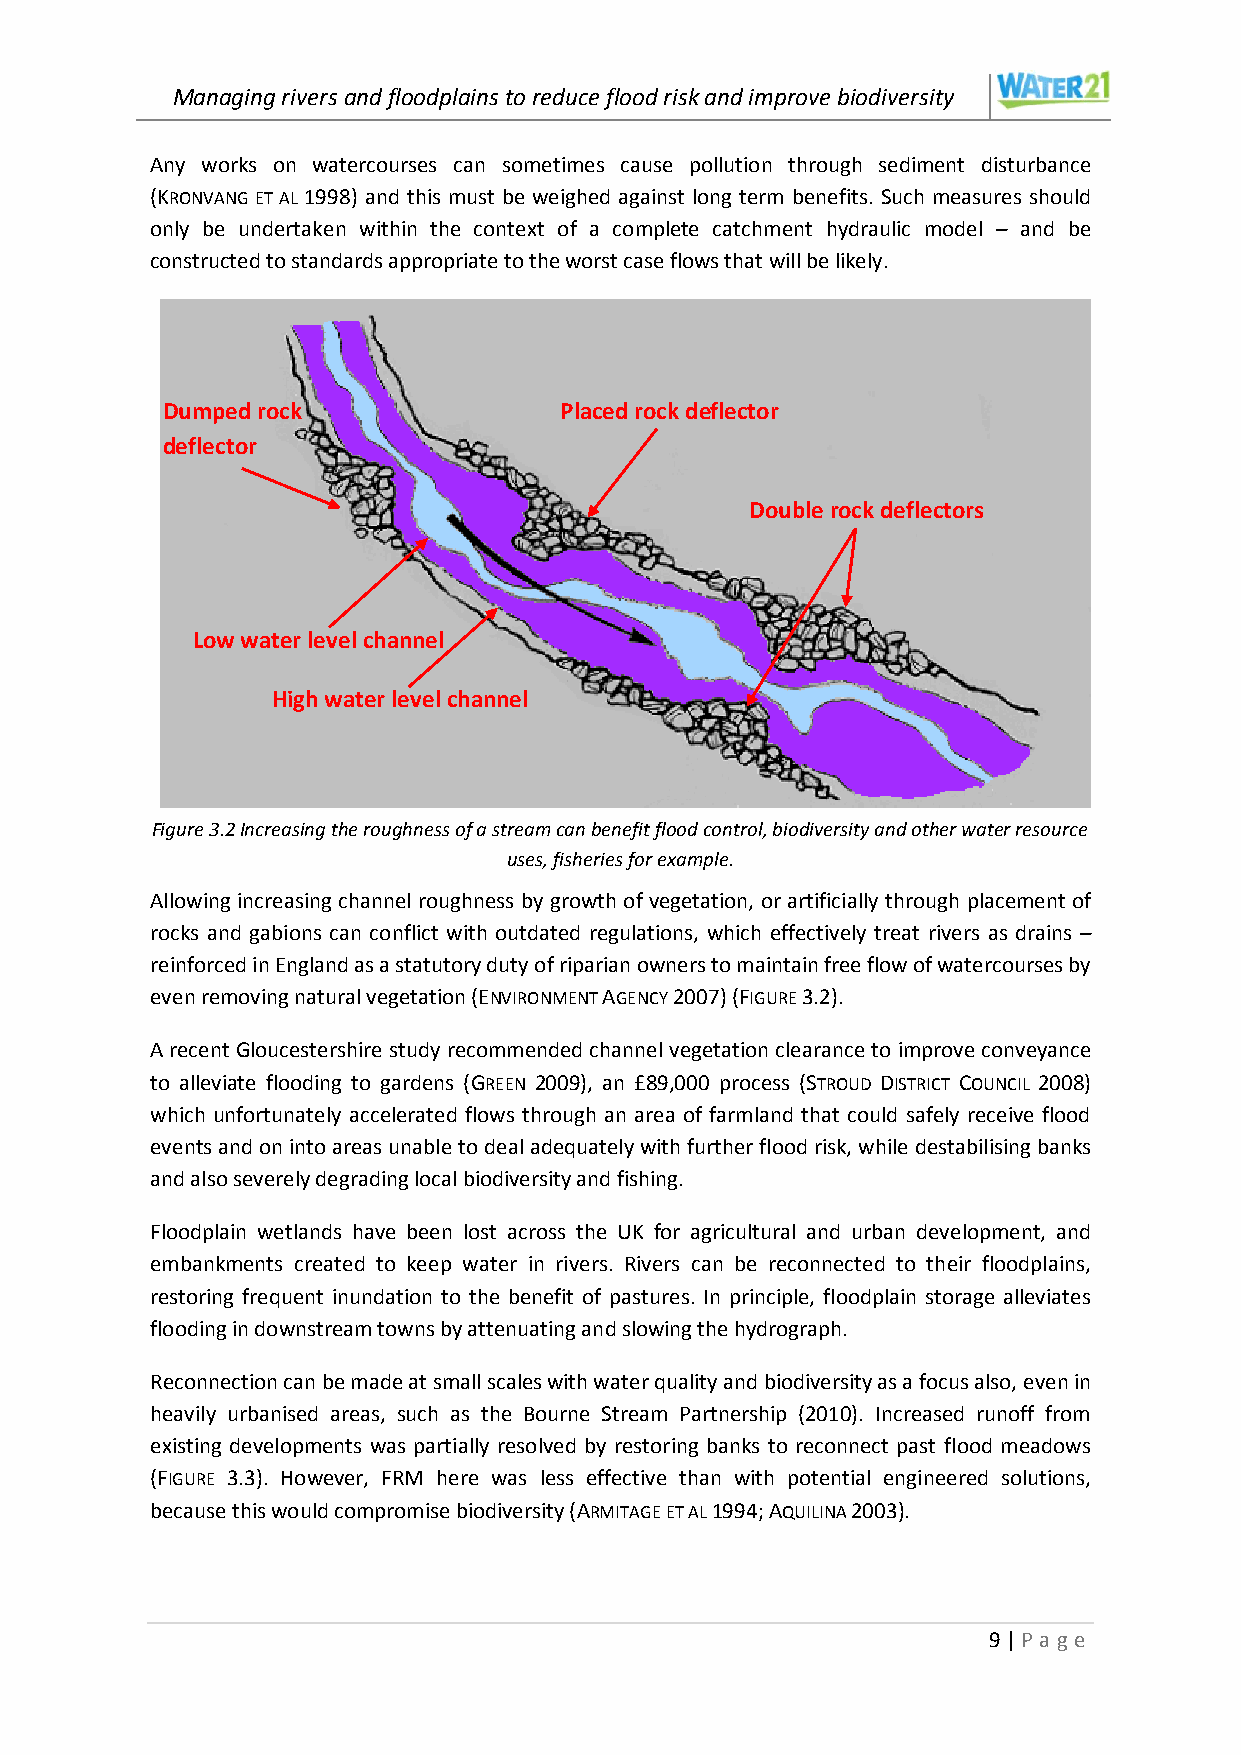
Managing rivers and floodplains to reduce flood risk and improve biodiversity
 Any works on watercourses can sometimes cause pollution through sediment disturbance
 (KRONVANG ET AL 1998) and this must be weighed against long term benefits. Such measures should
 only be undertaken within the context of a complete catchment hydraulic model – and be
 constructed to standards appropriate to the worst case flows that will be likely.
 Dumped rock               Placed rock deflector
 deflector
 Double rock deflectors
 Low water level channel
 High water level channel
 Figure 3.2 Increasing the roughness of a stream can benefit flood control, biodiversity and other water resource
 uses, fisheries for example.
 Allowing increasing channel roughness by growth of vegetation, or artificially through placement of
 rocks and gabions can conflict with outdated regulations, which effectively treat rivers as drains –
 reinforced in England as a statutory duty of riparian owners to maintain free flow of watercourses by
 even removing natural vegetation (ENVIRONMENT AGENCY 2007) (FIGURE 3.2).
 A recent Gloucestershire study recommended channel vegetation clearance to improve conveyance
 to alleviate flooding to gardens (GREEN 2009), an £89,000 process (STROUD DISTRICT COUNCIL 2008)
 which unfortunately accelerated flows through an area of farmland that could safely receive flood
 events and on into areas unable to deal adequately with further flood risk, while destabilising banks
 and also severely degrading local biodiversity and fishing.
 Floodplain wetlands have been lost across the UK for agricultural and urban development, and
 embankments created to keep water in rivers. Rivers can be reconnected to their floodplains,
 restoring frequent inundation to the benefit of pastures. In principle, floodplain storage alleviates
 flooding in downstream towns by attenuating and slowing the hydrograph.
 Reconnection can be made at small scales with water quality and biodiversity as a focus also, even in
 heavily urbanised areas, such as the Bourne Stream Partnership (2010). Increased runoff from
 existing developments was partially resolved by restoring banks to reconnect past flood meadows
 (FIGURE 3.3). However, FRM here was less effective than with potential engineered solutions,
 because this would compromise biodiversity (ARMITAGE ET AL 1994; AQUILINA 2003).
 9 | P age